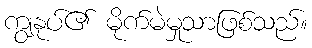
ကျွနုပ်၏ မိုက်မဲမှုသာဖြစ်သည်။